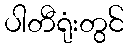
ပါတီရုံးတွင်